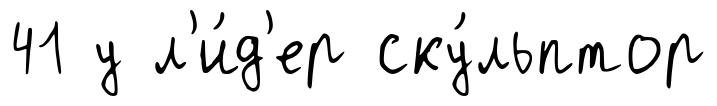
41 у л'и́д'ер ску́льптор